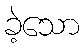
ခဲ့သော